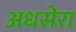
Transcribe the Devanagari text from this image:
अधसेरा